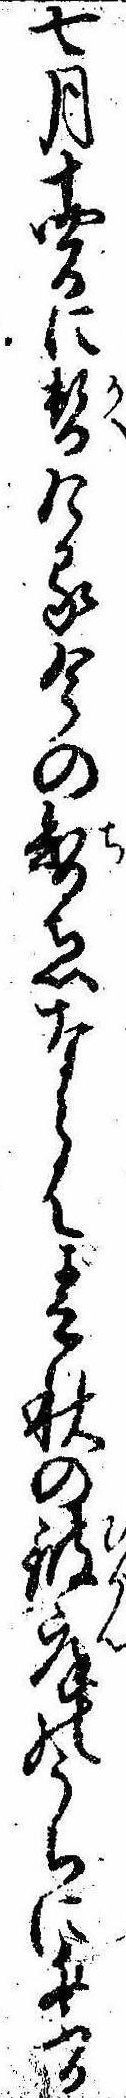
七月十四日に替ける今の智恵ならは春秋の彼岸のうちに祭る